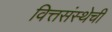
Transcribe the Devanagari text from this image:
वित्तसंस्थेची